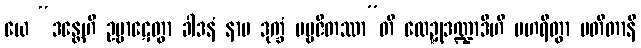
ယေ “ဒန္တေဟိ ဥဗ္ဗာဋေတွာ ခါဒနံ နာမ ဒုက္ခံ ပဗ္ဗဇိတဿာ”တိ လေဍ္ဍုဒဏ္ဍာဒီဟိ ပဟရိတွာ ပတိတာနိ